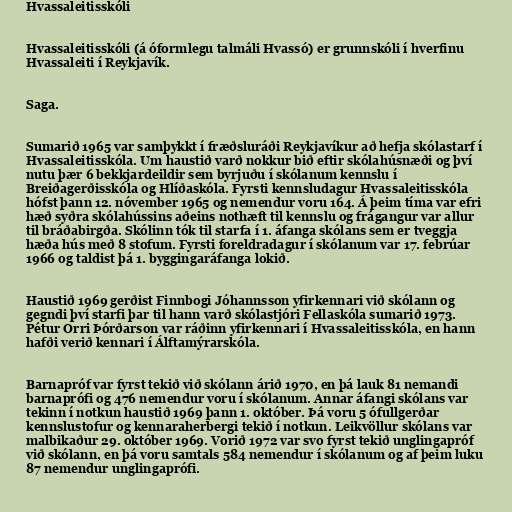
Hvassaleitisskóli

Hvassaleitisskóli (á óformlegu talmáli Hvassó) er grunnskóli í hverfinu
Hvassaleiti í Reykjavík.

Saga.

Sumarið 1965 var samþykkt í fræðsluráði Reykjavíkur að hefja skólastarf í
Hvassaleitisskóla. Um haustið varð nokkur bið eftir skólahúsnæði og því
nutu þær 6 bekkjardeildir sem byrjuðu í skólanum kennslu í
Breiðagerðisskóla og Hlíðaskóla. Fyrsti kennsludagur Hvassaleitisskóla
hófst þann 12. nóvember 1965 og nemendur voru 164. Á þeim tíma var efri
hæð syðra skólahússins aðeins nothæft til kennslu og frágangur var allur
til bráðabirgða. Skólinn tók til starfa í 1. áfanga skólans sem er tveggja
hæða hús með 8 stofum. Fyrsti foreldradagur í skólanum var 17. febrúar
1966 og taldist þá 1. byggingaráfanga lokið.

Haustið 1969 gerðist Finnbogi Jóhannsson yfirkennari við skólann og
gegndi því starfi þar til hann varð skólastjóri Fellaskóla sumarið 1973.
Pétur Orri Þórðarson var ráðinn yfirkennari í Hvassaleitisskóla, en hann
hafði verið kennari í Álftamýrarskóla.

Barnapróf var fyrst tekið við skólann árið 1970, en þá lauk 81 nemandi
barnaprófi og 476 nemendur voru í skólanum. Annar áfangi skólans var
tekinn í notkun haustið 1969 þann 1. október. Þá voru 5 ófullgerðar
kennslustofur og kennaraherbergi tekið í notkun. Leikvöllur skólans var
malbikaður 29. október 1969. Vorið 1972 var svo fyrst tekið unglingapróf
við skólann, en þá voru samtals 584 nemendur í skólanum og af þeim luku
87 nemendur unglingaprófi.